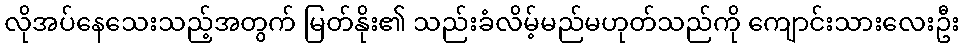
လိုအပ်နေသေးသည့်အတွက် မြတ်နိုး၏ သည်းခံလိမ့်မည်မဟုတ်သည်ကို ကျောင်းသားလေးဦး